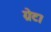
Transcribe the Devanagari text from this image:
ग्रेट।